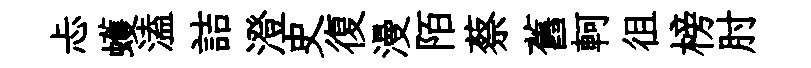
忐蠖溘詰澄史復漫陌蔡舊軻徂榜肘